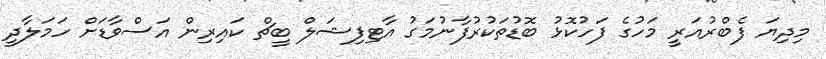
މިދިޔަ ފެބްރުއަރީ މަހުގެ ފަހުކޮޅު ބޮޑުތަކުރުފާނުމަގު އާޓިފިޝަލް ބީޗް ކައިރިން އަސްވާޑަށް ހަމަލާދީ